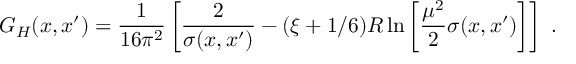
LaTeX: G _ { H } ( x , x ^ { \prime } ) = \frac 1 { 1 6 \pi ^ { 2 } } \left[ \frac 2 { \sigma ( x , x ^ { \prime } ) } - ( \xi + 1 / 6 ) R \ln \left[ \frac { \mu ^ { 2 } } 2 \sigma ( x , x ^ { \prime } ) \right] \right] \ .